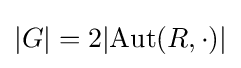
\vert G\vert =2\vert \mathrm {Aut} (R,\cdot )\vert